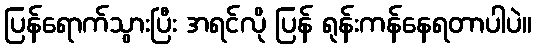
ပြန်ရောက်သွားပြီး အရင်လို ပြန် ရုန်းကန်နေရတာပါပဲ။